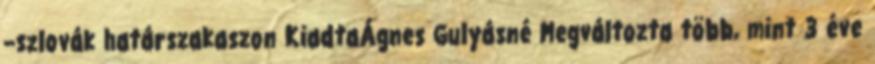
–szlovák határszakaszon KiadtaÁgnes Gulyásné Megváltozta több, mint 3 éve